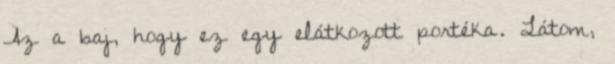
Az a baj, hogy ez egy elátkozott portéka. Látom,